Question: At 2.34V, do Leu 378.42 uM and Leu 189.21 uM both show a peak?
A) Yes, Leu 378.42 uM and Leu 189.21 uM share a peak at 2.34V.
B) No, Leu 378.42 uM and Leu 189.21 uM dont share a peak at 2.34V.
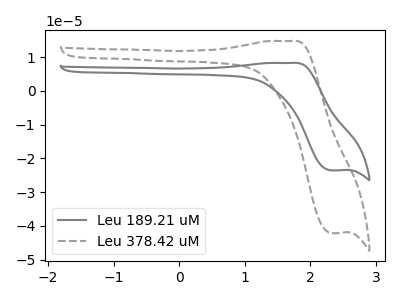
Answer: <think>The gray curve "Leu 189.21 uM" has an anodic peak at (1.70V, 8.25uA) and a cathodic peak at (2.35V, -23.55uA). The gray dashed curve "Leu 378.42 uM" has an anodic peak at (1.70V, 14.75uA) and a cathodic peak at (2.35V, -42.10uA).</think>
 <answer>A) Yes, "Leu 378.42 uM" and "Leu 189.21 uM" share a peak at 2.34V.</answer>
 <eval>A</eval>